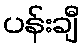
ပန်းချီ